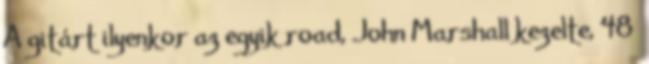
A gitárt ilyenkor az egyik road, John Marshall kezelte, 48